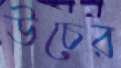
উচের